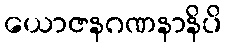
ယောဇနဂဏနာနိပိ